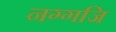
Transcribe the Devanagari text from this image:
नग्गजि